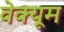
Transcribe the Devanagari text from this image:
वेक्यूम